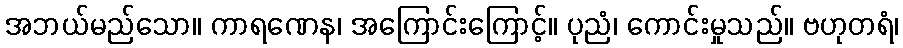
အဘယ်မည်သော။ ကာရဏေန၊ အကြောင်းကြောင့်။ ပုညံ၊ ကောင်းမှုသည်။ ဗဟုတရံ၊